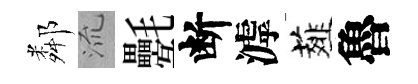
鄰𣴑氎断滹薤魯